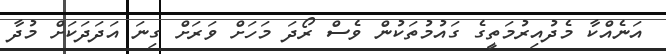
އަނެއްކާ މެދުއިރުމަތީގެ ގައުމުތަކުން ވެސް ރޯދަ މަހަށް ވަރަށް ގިނަ އަދަދަކަށް މުދާ